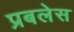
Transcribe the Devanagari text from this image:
प्रबलेस